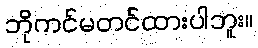
ဘိုကင်မတင်ထားပါဘူး။